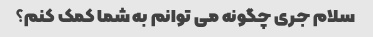
سلام جری چگونه می توانم به شما کمک کنم؟